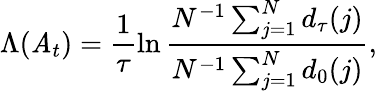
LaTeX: \Lambda(\mathit{A}_{t})=\frac{{1}}{{\tau}}\ln\frac{{N^{-1}\sum_{j=1}^{N}d_{\tau}(j)}}{{N^{-1}\sum_{j=1}^{N}d_{0}(j)}},